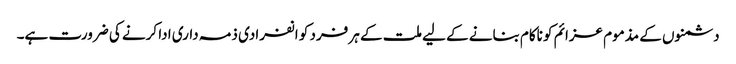
دشمنوں کے مذموم عزائم کو ناکام بنانے کے لیے ملت کے ہر فرد کو انفرادی ذمہ داری ادا کرنے کی ضرورت ہے۔